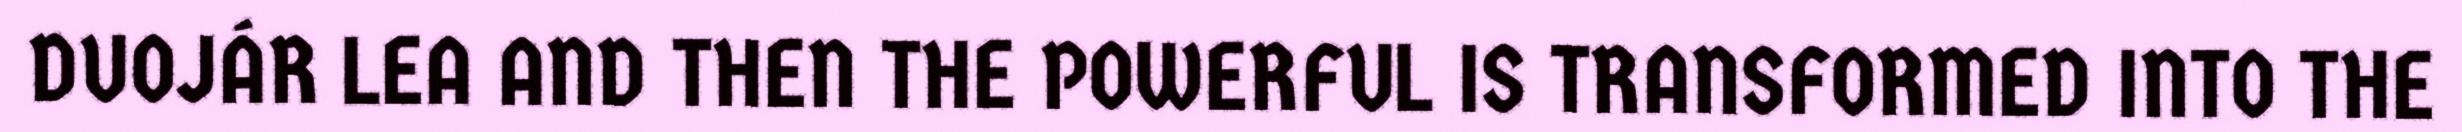
DUOJÁR LEA AND THEN THE POWERFUL IS TRANSFORMED INTO THE